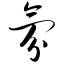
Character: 氛